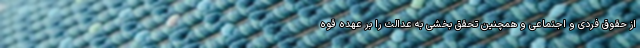
از حقوق فردی و اجتماعی و همچنین تحقق بخشی به عدالت را بر عهده قوه